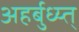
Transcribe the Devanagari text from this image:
अहर्बुध्य्त्